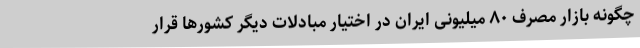
چگونه بازار مصرف ۸۰ میلیونی ایران در اختیار مبادلات دیگر کشورها قرار